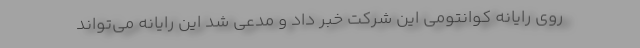
روی رایانه کوانتومی این شرکت خبر داد و مدعی شد این رایانه می‌تواند